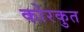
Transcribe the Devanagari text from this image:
कोरकुत